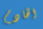
الخادم